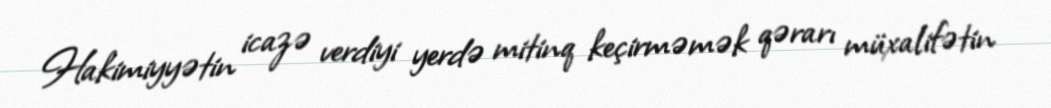
Hakimiyyətin icazə verdiyi yerdə mitinq keçirməmək qərarı müxalifətin